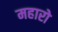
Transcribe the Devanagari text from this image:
महारो